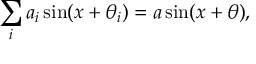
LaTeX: \sum _ { i } a _ { i } \sin ( x + \theta _ { i } ) = a \sin ( x + \theta ) ,